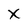
Character: x